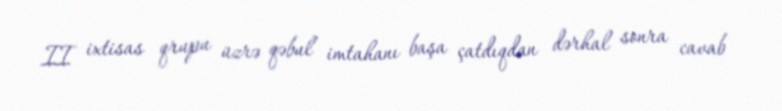
II ixtisas qrupu üzrə qəbul imtahanı başa çatdıqdan dərhal sonra cavab